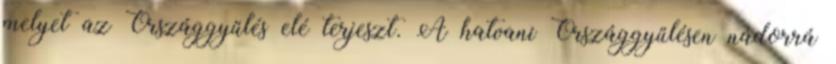
melyet az Országgyűlés elé terjeszt. A hatvani Országgyűlésen nádorrá